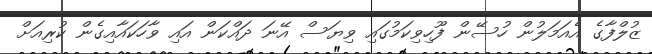
ޒުލްފާގެ އެއަމަލުން ހުސޭން ފޫހިވިކަމުގައި ވިޔަސް އޭނަ ދައްކަން އައި ވާހަކައާއިގެން ކުރިއަށް